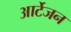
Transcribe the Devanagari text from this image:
आर्टेजन